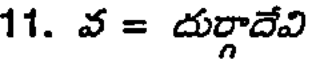
11. వ = దుర్గాదేవి